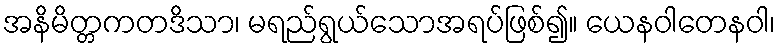
အနိမိတ္တကတဒိသာ၊ မရည်ရွယ်သောအရပ်ဖြစ်၍။ ယေနဝါတေနဝါ၊